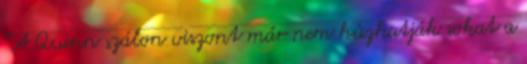
“A Quinn szálon viszont már nem húzhatják sokat a